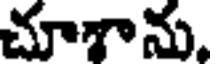
చూశాను.